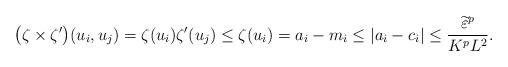
LaTeX: \begin{align*} \big(\zeta\times\zeta'\big)(u_i,u_j)=\zeta(u_i)\zeta'(u_j)\leq\zeta(u_i)=a_i-m_i\leq |a_i-c_i|\leq\frac{\widetilde\varepsilon^p}{K^pL^2}.\end{align*}